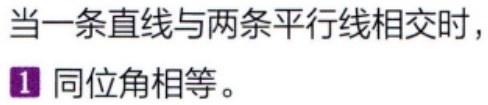
当一条直线与两条平行线相交时，
\(1\) 同位角相等。